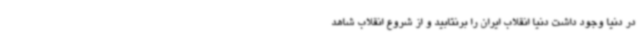
در دنیا وجود داشت دنیا انقلاب ایران را برنتابید و از شروع انقلاب شاهد